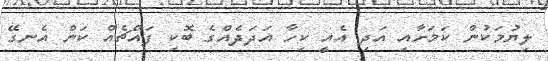
ލިޔުމަކުން ކަމަށާއި އަދި އެއީ ކިހާ އަދަދެއްގެ ބޮކި ފައްޗެއް ކަން އެނގޭ